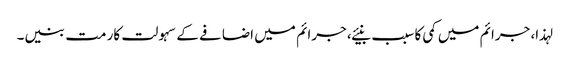
لہذا، جرائم میں کمی کا سبب بنیئے، جرائم میں اضافے کے سہولت کار مت بنیں۔